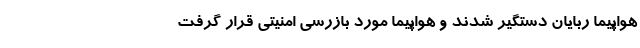
هواپیما ربایان دستگیر شدند و هواپیما مورد بازرسی امنیتی قرار گرفت